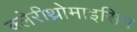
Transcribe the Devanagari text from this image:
क्लेरीथ्रोमाइसिन